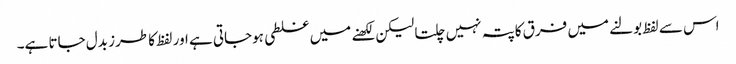
اس سے لفظ بولنے میں فرق کاپتہ نہیں چلتا لیکن لکھنے میں غلطی ہوجاتی ہے اور لفظ کا طرز بدل جاتا ہے۔